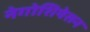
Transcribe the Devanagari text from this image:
नेगोशियेसन